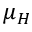
\mu _ { H }